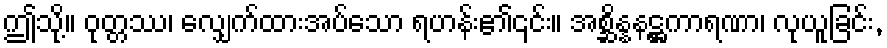
ဤသို့။ ဝုတ္တဿ၊ လျှေက်ထားအပ်သော ရဟန်း၏၎င်း။ အစ္ဆိန္နနဋ္ဌကာရဏာ၊ လုယူခြင်း,